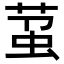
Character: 𬝋